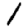
Digit: 1